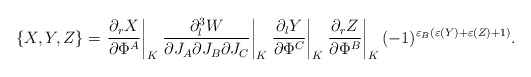
\begin{align*}\{X,Y,Z\}=\left.{\partial_r X\over \partial\Phi^A}\right|_K\left.{\partial_l^3 W\over \partial J_A\partial J_B \partial J_C}\right|_K\left.{\partial_l Y\over \partial\Phi^C}\right|_K\left.{\partial_r Z\over \partial\Phi^B}\right|_K(-1)^{\varepsilon_B(\varepsilon(Y)+\varepsilon(Z)+1)}.\end{align*}